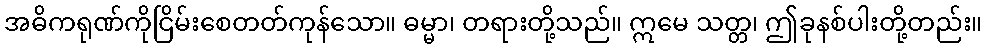
အဓိကရုဏ်ကိုငြိမ်းစေတတ်ကုန်သော။ ဓမ္မာ၊ တရားတို့သည်။ ဣမေ သတ္တ၊ ဤခုနစ်ပါးတို့တည်း။